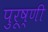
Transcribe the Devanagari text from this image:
पुरूष्णी